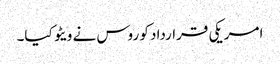
امریکی قرارداد کو روس نے ویٹو کیا۔